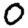
Digit: 0